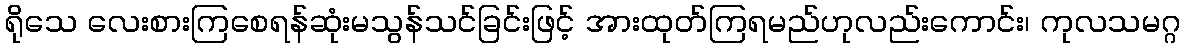
ရိုသေ လေးစားကြစေရန်ဆုံးမသွန်သင်ခြင်းဖြင့် အားထုတ်ကြရမည်ဟုလည်းကောင်း၊ ကုလသမဂ္ဂ